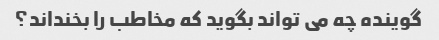
گوینده چه می تواند بگوید که مخاطب را بخنداند؟